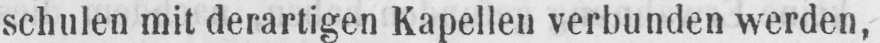
schulen mit derartigen Kapellen verbunden werden,